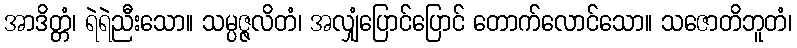
အာဒိတ္တံ၊ ရဲရဲညီးသော။ သမ္ပဇ္ဇလိတံ၊ အလျှံပြောင်ပြောင် တောက်လောင်သော။ သဇောတိဘူတံ၊